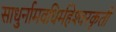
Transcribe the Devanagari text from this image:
साधुर्नामवधिर्महेश्‍वरकृती